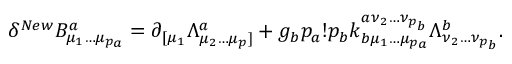
\delta ^ { N e w } B _ { \mu _ { 1 } \ldots \mu _ { p _ { a } } } ^ { a } = \partial _ { [ \mu _ { 1 } } \Lambda _ { \mu _ { 2 } \ldots \mu _ { p } ] } ^ { a } + g _ { b } p _ { a } ! p _ { b } k _ { b \mu _ { 1 } \ldots \mu _ { p _ { a } } } ^ { a \nu _ { 2 } \ldots \nu _ { p _ { b } } } \Lambda _ { \nu _ { 2 } \ldots \nu _ { p _ { b } } } ^ { b } .